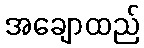
အချောထည်